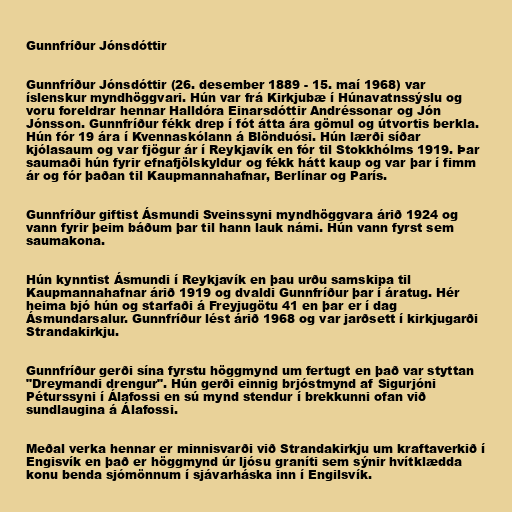
Gunnfríður Jónsdóttir

Gunnfríður Jónsdóttir (26. desember 1889 - 15. maí 1968) var
íslenskur myndhöggvari. Hún var frá Kirkjubæ í Húnavatnssýslu og
voru foreldrar hennar Halldóra Einarsdóttir Andréssonar og Jón
Jónsson. Gunnfríður fékk drep í fót átta ára gömul og útvortis berkla.
Hún fór 19 ára í Kvennaskólann á Blönduósi. Hún lærði síðar
kjólasaum og var fjögur ár í Reykjavík en fór til Stokkhólms 1919. Þar
saumaði hún fyrir efnafjölskyldur og fékk hátt kaup og var þar í fimm
ár og fór þaðan til Kaupmannahafnar, Berlínar og París.

Gunnfríður giftist Ásmundi Sveinssyni myndhöggvara árið 1924 og
vann fyrir þeim báðum þar til hann lauk námi. Hún vann fyrst sem
saumakona.

Hún kynntist Ásmundi í Reykjavík en þau urðu samskipa til
Kaupmannahafnar árið 1919 og dvaldi Gunnfríður þar í áratug. Hér
heima bjó hún og starfaði á Freyjugötu 41 en þar er í dag
Ásmundarsalur. Gunnfríður lést árið 1968 og var jarðsett í kirkjugarði
Strandakirkju.

Gunnfríður gerði sína fyrstu höggmynd um fertugt en það var styttan
"Dreymandi drengur". Hún gerði einnig brjóstmynd af Sigurjóni
Péturssyni í Álafossi en sú mynd stendur í brekkunni ofan við
sundlaugina á Álafossi.

Meðal verka hennar er minnisvarði við Strandakirkju um kraftaverkið í
Engisvík en það er höggmynd úr ljósu graníti sem sýnir hvítklædda
konu benda sjómönnum í sjávarháska inn í Engilsvík.